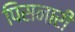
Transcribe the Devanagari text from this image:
पिसनारी